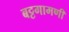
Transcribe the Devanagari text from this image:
बट्टगामणी